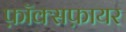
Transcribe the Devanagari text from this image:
फ़ॉक्सफ़ायर